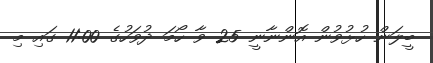
ބީލަން ހުޅުވުން އޮންނާނީ 25 ވާ ހޯމަ ދުވަހުގެ 11:00 ގައި މި